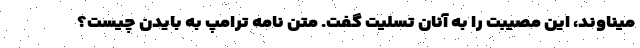
میناوند، این مصیبت را به آنان تسلیت گفت. متن نامه ترامپ به بایدن چیست؟